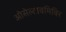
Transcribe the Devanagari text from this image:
ओसेल्टावमिविर